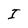
Character: I